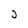
Character: 3